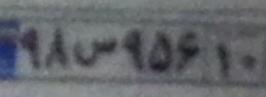
۹۸س۹۵۶۱۰